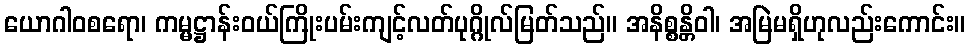
ယောဂါဝစရော၊ ကမ္မဋ္ဌာန်းဝယ်ကြိုးပမ်းကျင့်လတ်ပုဂ္ဂိုလ်မြတ်သည်။ အနိစ္စန္တိဝါ၊ အမြဲမရှိဟုလည်းကောင်း။